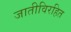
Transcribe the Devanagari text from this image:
जातीविरहित